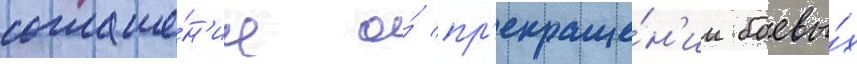
соглаше́н'ие о́ пр'екраще́н'ии боевы́х